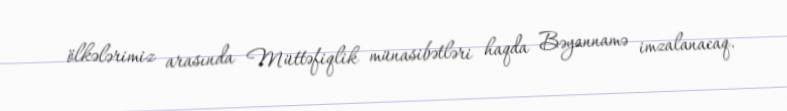
ölkələrimiz arasında Müttəfiqlik münasibətləri haqda Bəyannamə imzalanacaq.